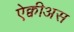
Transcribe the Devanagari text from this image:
ऐक्वीअस